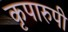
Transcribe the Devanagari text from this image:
कृपारुपी